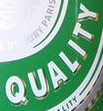
QUALITY